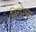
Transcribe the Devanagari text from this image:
तिरडीच्या